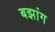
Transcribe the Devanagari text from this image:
बझांग